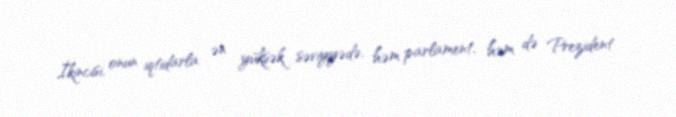
İkincisi, onun iqtidarla ən yüksək səviyyədə, həm parlament, həm də Prezident